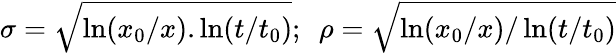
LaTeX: \sigma=\sqrt{\ln(x_{0}/x).\ln(t/t_{0})};\ \ \rho=\sqrt{\ln(x_{0}/x)/\ln(t/t_{0})}